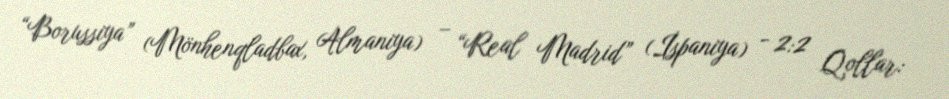
“Borussiya” (Mönhenqladbax, Almaniya) – “Real Madrid” (İspaniya) - 2:2 Qollar: